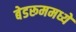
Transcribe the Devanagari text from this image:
बेडरूममध्ये